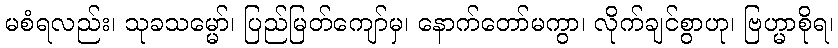
မစံရလည်း၊ သုခသမ္မော်၊ ပြည်မြတ်ကျော်မှ၊ နောက်တော်မကွာ၊ လိုက်ချင်စွာဟု၊ ဗြဟ္မာစိုရ၊